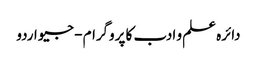
دائرہ علم و ادب کا پروگرام - جیو اردو